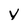
Character: v